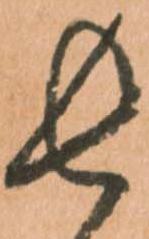
長